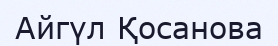
Айгүл Қосанова